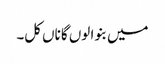
میں بنوا لوں گا ناں کل۔